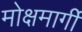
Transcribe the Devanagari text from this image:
मोक्षमार्गी